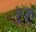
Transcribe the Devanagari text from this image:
१रु